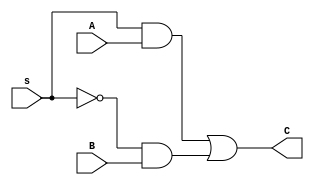
`timescale 1ns/1ns

module bit1_2to1_mux(
    input A, B, s,
    output C
);

    wire s_not, temp1, temp2;
    not (s_not, s);
    and (temp1, s, A);
    and (temp2, s_not, B);
    or (C, temp1, temp2);


endmodule